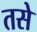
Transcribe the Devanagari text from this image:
तसेे